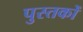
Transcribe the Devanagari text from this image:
पुस्तकोँ